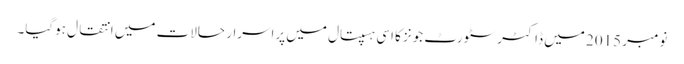
نومبر 2015 میں ڈاکٹر سٹورٹ جونز کا اسی ہسپتال میں پراسرار حالات میں انتقال ہوگیا۔